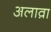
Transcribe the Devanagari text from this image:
अलाव़ा